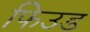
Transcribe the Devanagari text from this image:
फिउड